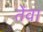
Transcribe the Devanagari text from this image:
तेंवा